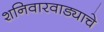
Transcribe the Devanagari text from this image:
शनिवारवाड्याचे